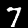
Label: 7